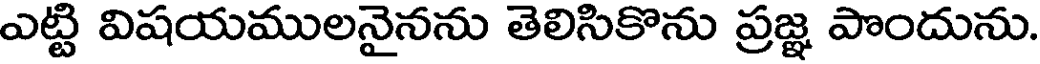
ఎట్టి విషయములనైనను తెలిసికొను ప్రజ్ఞ పొందును